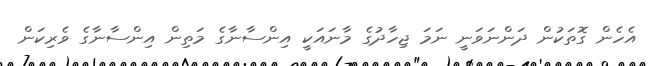
އެހެން ގޮތަކުން ދަންނަވަނީ ނަމަ ޖިހާދުގެ މާނައަކީ އިންސާނާގެ މަތިން އިންސާނާގެ ވެރިކަން